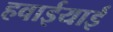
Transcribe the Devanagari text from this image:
हवाईयाई